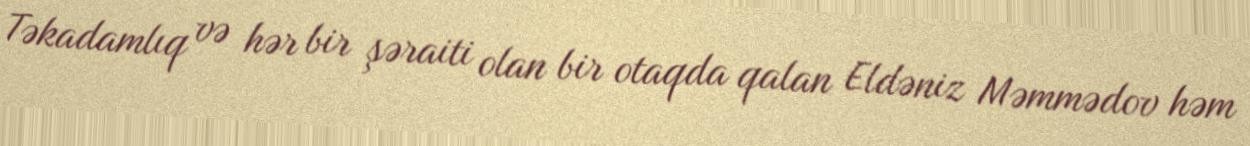
Təkadamlıq və hər bir şəraiti olan bir otaqda qalan Eldəniz Məmmədov həm